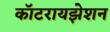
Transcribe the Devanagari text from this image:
कॉटरायझेशन